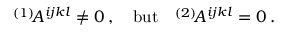
{ } ^ { ( 1 ) } \! A ^ { i j k l } \ne 0 \, , \quad \mathrm { b u t } \quad { } ^ { ( 2 ) } \! A ^ { i j k l } = 0 \, .